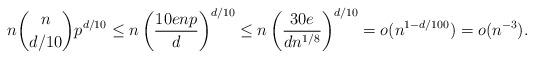
LaTeX: \begin{align*}n\binom{n}{d/10}p^{d/10}\leq n\left(\frac{10e n p}{d}\right)^{d/10}\leq n\left(\frac{30e}{dn^{1/8}}\right)^{d/10}=o(n^{1-d/100})=o(n^{-3}).\end{align*}